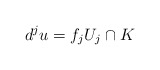
\begin{align*}d^j u = f_j U_j\cap K\end{align*}